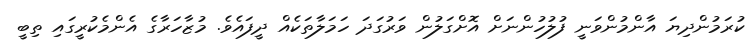
ކުރަމުންދިޔަ އާންމުންވަނީ ފުލުހުންނަށް އޮށްގަލުން ވަރުގަދަ ހަމަލާތަކެއް ދީފައެވެ. މުޒާހަރާގެ އެންމެކުރީގައި ތިބީ